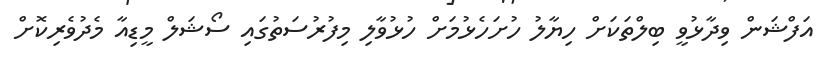
އަފްޝަން ވިދާޅުވީ ބިލްތަކަށް ހިޔާލު ހުށަަހެޅުމަށް ހުޅުވާލި މިފުރުސަތުގައި ސޯޝަލް މީޑިއާ މެދުވެރިކޮށް